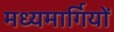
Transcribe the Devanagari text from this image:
मध्यमार्गियों